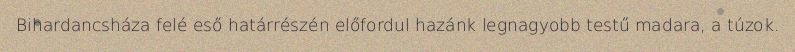
Bihardancsháza felé eső határrészén előfordul hazánk legnagyobb testű madara, a túzok.